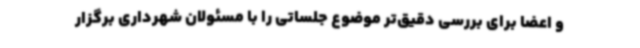
و اعضا برای بررسی دقیق‌تر موضوع جلساتی را با مسئولان شهرداری برگزار